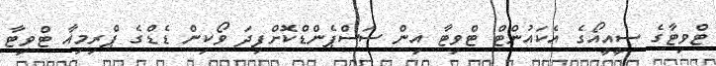
ޓްވިޓާގެ ސީއީއޯގެ އެކައުންޓް ޓްވިޓާ އިން ސަސްޕެންޑްކޮށްފިދަ ވޯކިން ޑެޑްގެ ޕްރިމިއާ ޓްވިޓާ